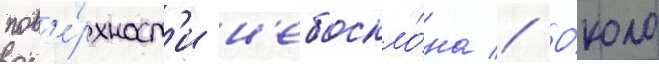
пов'е́рхност'и н'ебоскло́на // О́коло